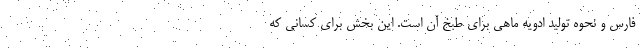
فارس و نحوه تولید ادویه ماهی برای طبخ آن است. این بخش برای کسانی که